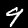
Label: 9